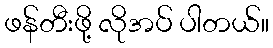
ဖန်တီးဖို့ လိုအပ် ပါတယ်။